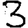
Digit: 3